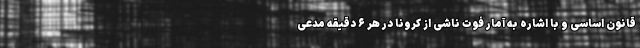
قانون اساسی و با اشاره به آمار فوت ناشی از کرونا در هر ۶ دقیقه مدعی